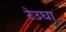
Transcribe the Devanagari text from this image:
रेउघा